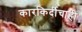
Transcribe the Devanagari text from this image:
कारकिर्दीचाही